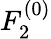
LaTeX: F_{2}^{(0)}